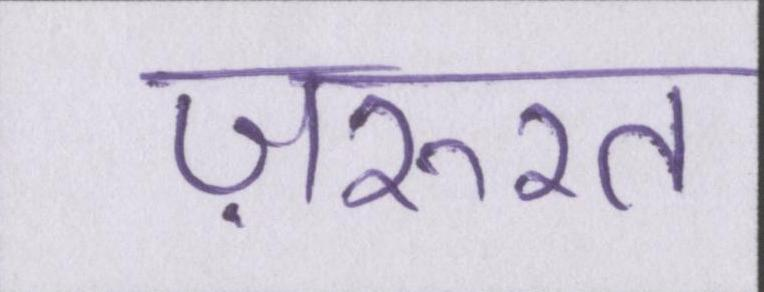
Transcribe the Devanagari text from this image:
ज़रुरत